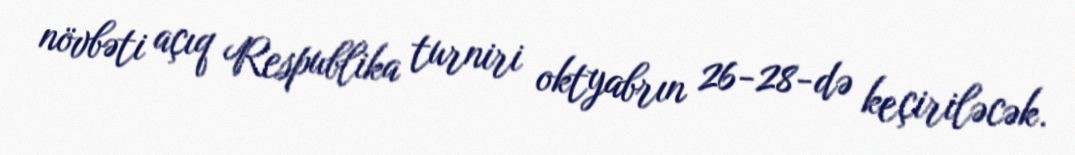
növbəti açıq Respublika turniri oktyabrın 26-28-də keçiriləcək.